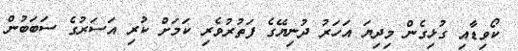
ކޯވިޑާއި ގުޅިގެން މިދިޔަ އަހަރު ދުނިޔޭގެ ފަތުރުވެރި ކަމަށް ކުރި އަސަރުގެ ސަބަބުން